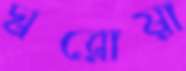
ঘরোয়া